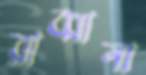
রাব্বানা